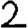
Digit: 2